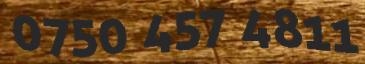
0750 457 4811